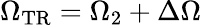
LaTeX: \Omega_{\mathrm{{TR}}}=\Omega_{2}+\Delta\Omega